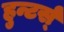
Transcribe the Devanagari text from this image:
हुन्टर्स्